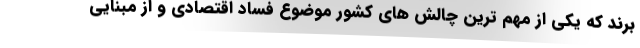
برند که یکی از مهم ترین چالش های کشور موضوع فساد اقتصادی و از مبنایی